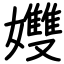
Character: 孇